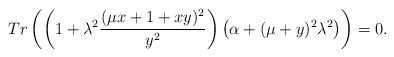
LaTeX: \begin{align*}Tr\left(\left(1 + \lambda^2 \frac{(\mu x + 1 + x y)^2}{y^2}\right)\left(\alpha + (\mu + y)^2 \lambda^2\right)\right) = 0 .\end{align*}